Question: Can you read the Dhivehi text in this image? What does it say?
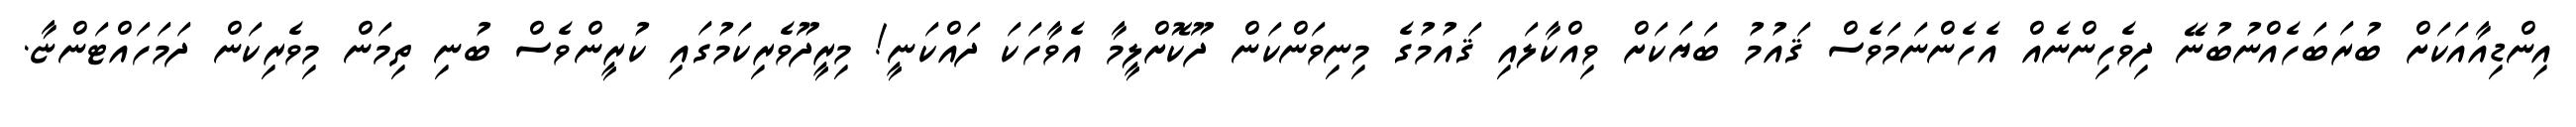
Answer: އިންޑިއާއަކަށް ބުރަބަހެއްނުބުނޭ ދިވެހިންނެއް އެހެންނަމަވެސް ޤައުމު ބަޔަކަށް ވިއްކާލައި ޤައުމުގެ މިނިވަންކަން ދޫކޮށްލީމާ އެވާހަކަ ދައްކަނީ! މިރީދޫވެރިކަމުގައި ކުރީންވެސް ބުނި ތިމަން މިވެރިކަން ދަމަހައްޓަންޏާ.